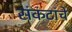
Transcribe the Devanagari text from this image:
संकंटांचे